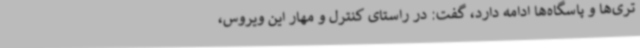
تری‌ها و پاسگاه‌ها ادامه دارد، گفت: در راستای کنترل و مهار این ویروس،